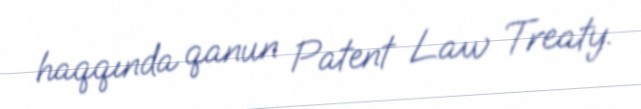
haqqında qanun Patent Law Treaty.